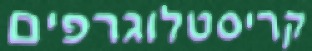
קריסטלוגרפים